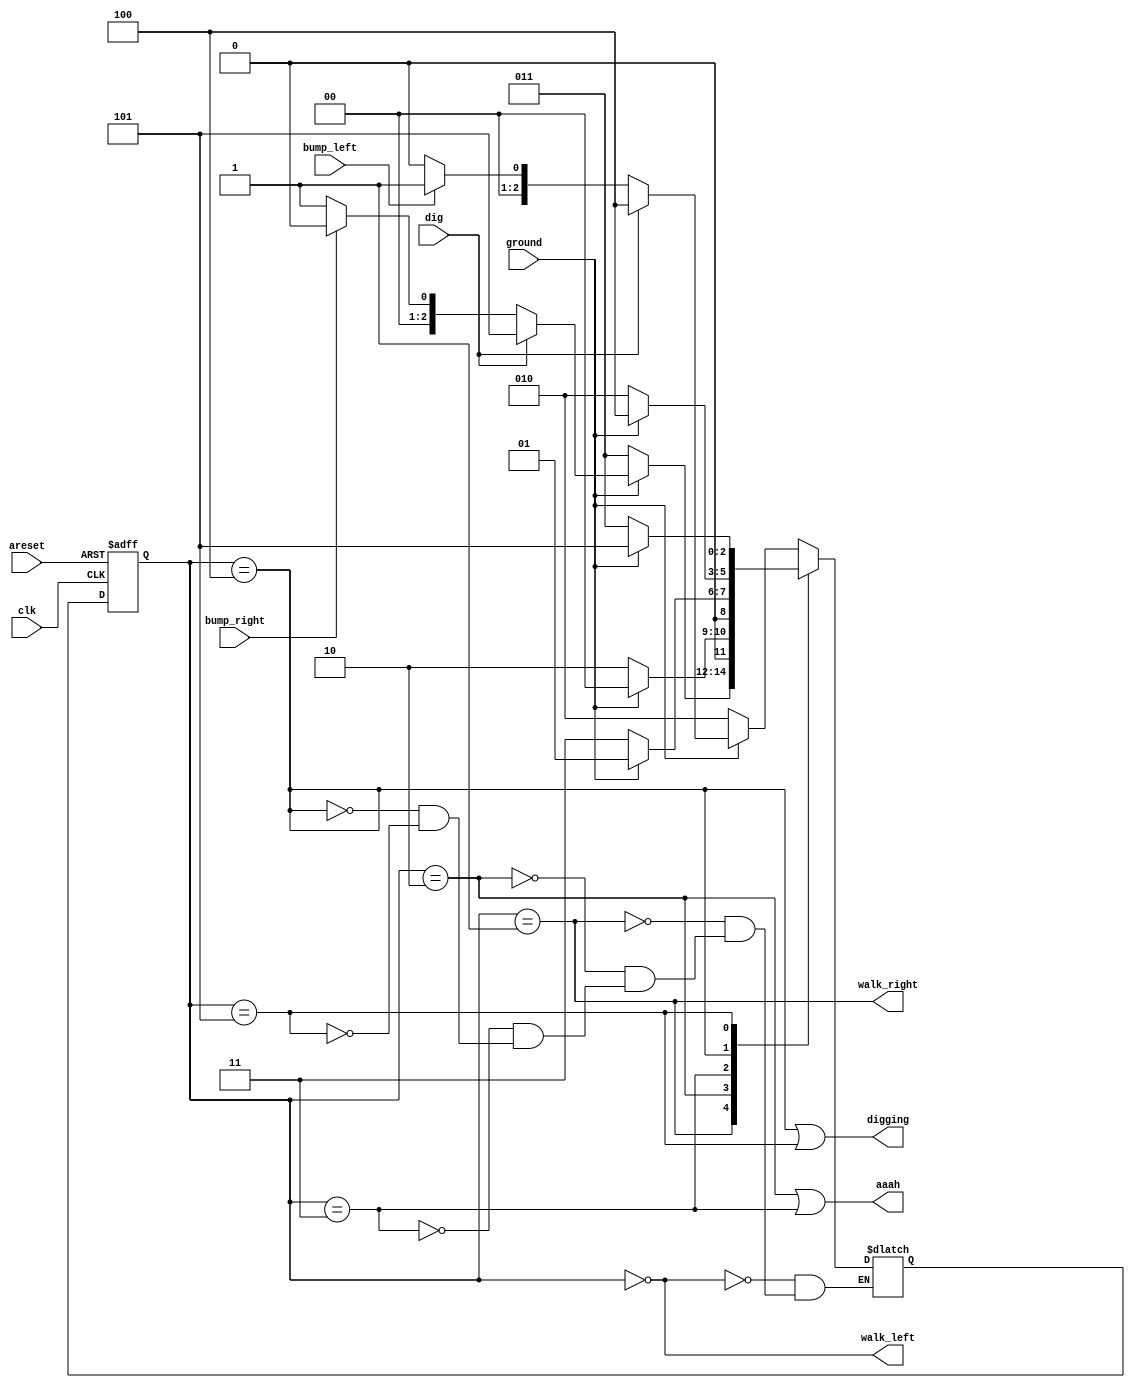
module top_module(
    input clk,
    input areset,    // Freshly brainwashed Lemmings walk left.
    input bump_left,
    input bump_right,
    input ground,
    input dig,
    output walk_left,
    output walk_right,
    output aaah,
    output digging ); 

    parameter left=3'd0, right=3'd1, falll=3'd2, fallr=3'd3, digl=3'd4, digr=3'd5;
    reg [2:0]	state, next_state;
    
    always@(*) begin
        case(state)
            left: begin
                if(~ground)			next_state = falll;
                else if(dig)		next_state = digl;
                else if(bump_left)	next_state = right;
                else				next_state = left;
            end
            right: begin
                if(~ground)			next_state = fallr;
                else if(dig)		next_state = digr;
                else if(bump_right)	next_state = left;
                else				next_state = right;
            end
            falll: begin
                if(ground)	next_state = left;
                else		next_state = falll;
            end
            fallr: begin
                if(ground)	next_state = right;
                else		next_state = fallr;
            end
            digl: begin
                if(ground)	next_state = digl;
                else		next_state = falll;
            end
            digr: begin
                if(ground)	next_state = digr;
                else		next_state = fallr;
            end
        endcase
    end
    
    always@(posedge clk or posedge areset) begin
        if(areset)
            state <= left;
        else
            state <= next_state;
    end
    
    assign	walk_left = (state == left);
    assign	walk_right = (state == right);
    assign	aaah = (state == falll || state == fallr);
    assign	digging = (state == digl || state == digr);
    
endmodule